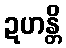
ဍဟန္တိ